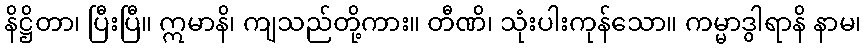
နိဋ္ဌိတာ၊ ပြီးပြီ။ ဣမာနိ၊ ကျသည်တို့ကား။ တီဏိ၊ သုံးပါးကုန်သော။ ကမ္မာဒွါရာနိ နာမ၊